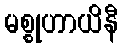
မစ္စုဟာယိနီ